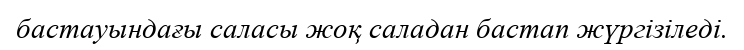
бастауындағы саласы жоқ саладан бастап жүргізіледі.